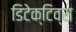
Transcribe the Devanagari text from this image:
डिटेक्टिव्स